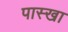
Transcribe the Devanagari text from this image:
पास्खा